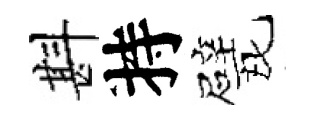
斟持戏